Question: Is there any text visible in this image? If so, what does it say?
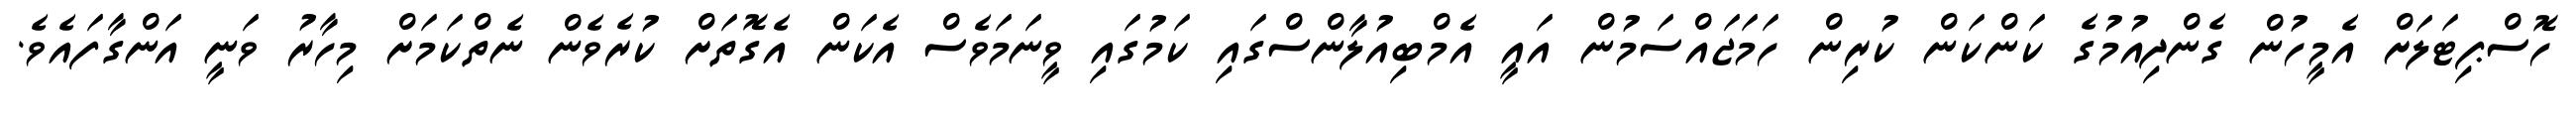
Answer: ހޮސްޕިޓަލަށް އެމީހުން ގެންދިއުމުގެ ކަންކަން ކުރިން ހަމަޖައްސަމުން އައީ އެމްބިއުލާންސްގައި ކަމުގައި ވީނަމަވެސް އެކަން އެގޮތަށް ކުރެވެން ނެތްކަމަށް މިހާރު ވަނީ އަންގާފައެވެ.